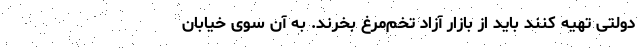
دولتی تهیه کنند باید از بازار آزاد تخم‌مرغ بخرند. به آن سوی خیابان